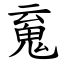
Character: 䰟